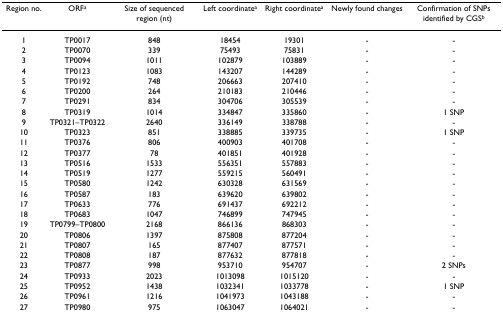
<table><thead><tr><td><b>Region no.</b></td><td><b>ORF<sup>a</sup></b></td><td><b>Size of sequenced region (nt)</b></td><td><b>Left coordinate<sup>a</sup></b></td><td><b>Right coordinate<sup>a</sup></b></td><td><b>Newly found changes</b></td><td><b>Confirmation of SNPs identified by CGS<sup>b</sup></b></td></tr></thead><tbody><tr><td>1</td><td>TP0017</td><td>848</td><td>18454</td><td>19301</td><td>-</td><td>-</td></tr><tr><td>2</td><td>TP0070</td><td>339</td><td>75493</td><td>75831</td><td>-</td><td>-</td></tr><tr><td>3</td><td>TP0094</td><td>1011</td><td>102879</td><td>103889</td><td>-</td><td>-</td></tr><tr><td>4</td><td>TP0123</td><td>1083</td><td>143207</td><td>144289</td><td>-</td><td>-</td></tr><tr><td>5</td><td>TP0192</td><td>748</td><td>206663</td><td>207410</td><td>-</td><td>-</td></tr><tr><td>6</td><td>TP0200</td><td>264</td><td>210183</td><td>210446</td><td>-</td><td>-</td></tr><tr><td>7</td><td>TP0291</td><td>834</td><td>304706</td><td>305539</td><td>-</td><td>-</td></tr><tr><td>8</td><td>TP0319</td><td>1014</td><td>334847</td><td>335860</td><td>-</td><td>1 SNP</td></tr><tr><td>9</td><td>TP0321–TP0322</td><td>2640</td><td>336149</td><td>338788</td><td>-</td><td>-</td></tr><tr><td>10</td><td>TP0323</td><td>851</td><td>338885</td><td>339735</td><td>-</td><td>1 SNP</td></tr><tr><td>11</td><td>TP0376</td><td>806</td><td>400903</td><td>401708</td><td>-</td><td>-</td></tr><tr><td>12</td><td>TP0377</td><td>78</td><td>401851</td><td>401928</td><td>-</td><td>-</td></tr><tr><td>13</td><td>TP0516</td><td>1533</td><td>556351</td><td>557883</td><td>-</td><td>-</td></tr><tr><td>14</td><td>TP0519</td><td>1277</td><td>559215</td><td>560491</td><td>-</td><td>-</td></tr><tr><td>15</td><td>TP0580</td><td>1242</td><td>630328</td><td>631569</td><td>-</td><td>-</td></tr><tr><td>16</td><td>TP0587</td><td>183</td><td>639620</td><td>639802</td><td>-</td><td>-</td></tr><tr><td>17</td><td>TP0633</td><td>776</td><td>691437</td><td>692212</td><td>-</td><td>-</td></tr><tr><td>18</td><td>TP0683</td><td>1047</td><td>746899</td><td>747945</td><td>-</td><td>-</td></tr><tr><td>19</td><td>TP0799–TP0800</td><td>2168</td><td>866136</td><td>868303</td><td>-</td><td>-</td></tr><tr><td>20</td><td>TP0806</td><td>1397</td><td>875808</td><td>877204</td><td>-</td><td>-</td></tr><tr><td>21</td><td>TP0807</td><td>165</td><td>877407</td><td>877571</td><td>-</td><td>-</td></tr><tr><td>22</td><td>TP0808</td><td>187</td><td>877632</td><td>877818</td><td>-</td><td>-</td></tr><tr><td>23</td><td>TP0877</td><td>998</td><td>953710</td><td>954707</td><td>-</td><td>2 SNPs</td></tr><tr><td>24</td><td>TP0933</td><td>2023</td><td>1013098</td><td>1015120</td><td>-</td><td>-</td></tr><tr><td>25</td><td>TP0952</td><td>1438</td><td>1032341</td><td>1033778</td><td>-</td><td>1 SNP</td></tr><tr><td>26</td><td>TP0961</td><td>1216</td><td>1041973</td><td>1043188</td><td>-</td><td>-</td></tr><tr><td>27</td><td>TP0980</td><td>975</td><td>1063047</td><td>1064021</td><td>-</td><td>-</td></tr></tbody></table>